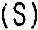
(S)